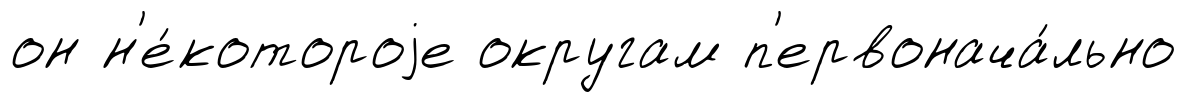
он н'е́котороjе округам п'ервонача́льно